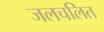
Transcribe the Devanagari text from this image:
जलचलित